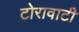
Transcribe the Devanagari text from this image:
टोरावाटी